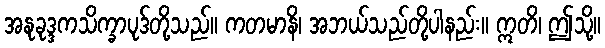
အနုခုဒ္ဒကသိက္ခာပုဒ်တို့သည်။ ကတမာနိ၊ အဘယ်သည်တို့ပါနည်း။ ဣတိ၊ ဤသို့။